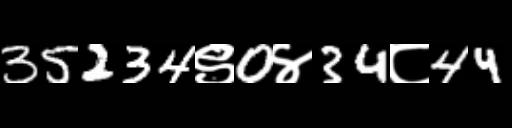
Text: 35234९0४34८44